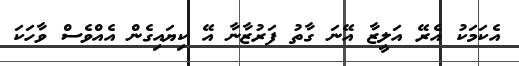
އެކަމަކު އެރޭ އަލީޒާ އޭނަ ގާތު ފަރުޒާނާ އޭ ކިޔައިގެން އެއްވެސް ވާހަކަ